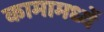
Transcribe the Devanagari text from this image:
कामामध्यें